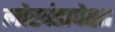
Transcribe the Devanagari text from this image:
लोखंडापेक्षा